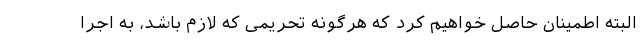
البته اطمینان حاصل خواهیم کرد که هرگونه تحریمی که لازم باشد، به اجرا